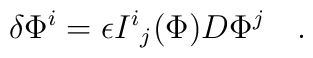
\delta \Phi^i = \epsilon {I^i}_j (\Phi) D \Phi^j \quad.